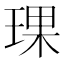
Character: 𬍯